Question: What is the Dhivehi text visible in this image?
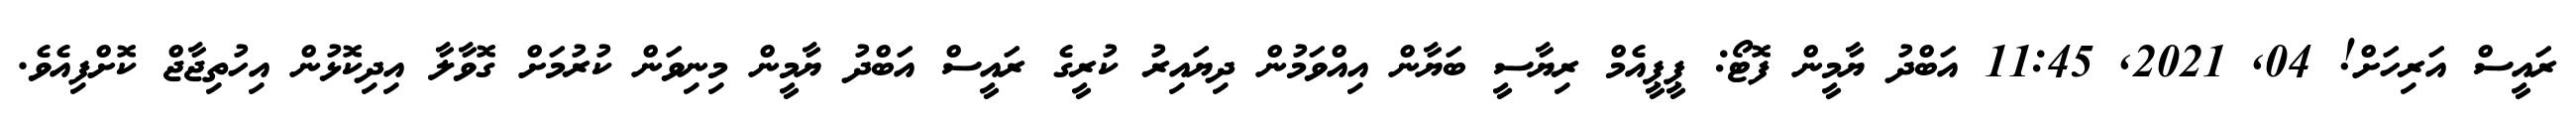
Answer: ރައީސް އަރިހަށް! 04, 2021, 11:45 އަބްދު ޔާމީން ފޮޓޯ: ޕީޕީއެމް ރިޔާސީ ބަޔާން އިއްވަމުން ދިޔައިރު ކުރީގެ ރައީސް އަބްދު ޔާމީން މިނިވަން ކުރުމަށް ގޮވާލާ އިދިކޮޅުން އިހުތިޖާޖް ކޮށްފިއެވެ.